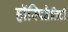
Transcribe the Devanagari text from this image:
हॉस्पितैलिटी